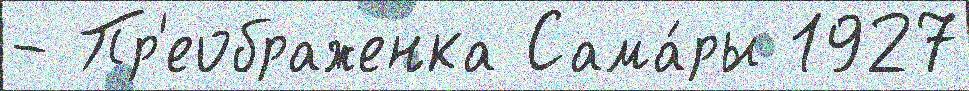
- Пр'еображенка Сама́ры 1927